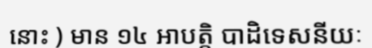
នោះ ) មាន ១៤ អាបត្តិ បាដិទេសនីយៈ